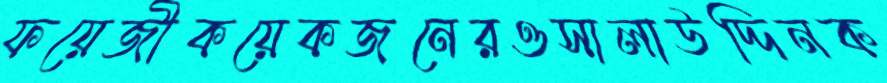
ফয়েজীকয়েকজনেরওসালাউদ্দিনক